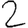
Digit: 2